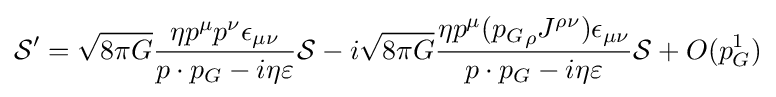
{\cal {S}}'={\sqrt {8\pi G}}{\frac {\eta p^{\mu }p^{\nu }\epsilon _{\mu \nu }}{p\cdot p_{G}-i\eta \varepsilon }}{\cal {S}}-i{\sqrt {8\pi G}}{\frac {\eta p^{\mu }({p_{G}}_{\rho }J^{\rho \nu })\epsilon _{\mu \nu }}{p\cdot p_{G}-i\eta \varepsilon }}{\cal {S}}+O(p_{G}^{1})